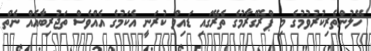
ހޭލުންތެރިކުރުވުމުގެ މި ޕްރޮގްރާމުގެ ތެރޭގައި ޑައިވް ކުރަނީ އެކަމުގެ އެއްވެސް ތަޖުރިބާއެއް ނެތް